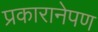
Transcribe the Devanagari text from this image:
प्रकारानेपण